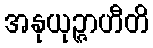
အနုယုဉ္ဇာဟီတိ